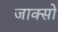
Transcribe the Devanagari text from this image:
जाक्सों